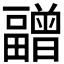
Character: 𰣝